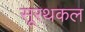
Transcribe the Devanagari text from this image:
सूरथकल